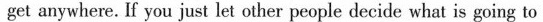
get anywhee. If you just let ouher people deeide what is going to